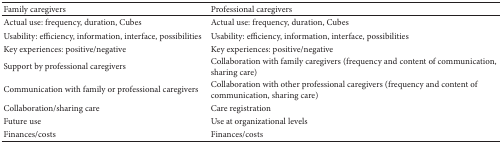
| Family caregivers | Professional caregivers |
 | --- | --- |
 | Actual use: frequency, duration, Cubes | Actual use: frequency, duration, Cubes |
 | Usability: efficiency, information, interface, possibilities | Usability: efficiency, information, interface, possibilities |
 | Key experiences: positive/negative | Key experiences: positive/negative |
 | Support by professional caregivers | Collaboration with family caregivers (frequency and content of communication, sharing care) |
 | Communication with family or professional caregivers | Collaboration with other professional caregivers (frequency and content of communication, sharing care) |
 | Collaboration/sharing care | Care registration |
 | Future use | Use at organizational levels |
 | Finances/costs | Finances/costs |